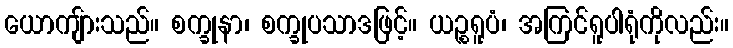
ယောကျ်ားသည်။ စက္ခုနာ၊ စက္ခုပသာဒဖြင့်။ ယဉ္စရူပံ၊ အကြင်ရူပါရုံကိုလည်း။